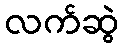
လက်ဆွဲ